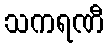
သကရဏီ